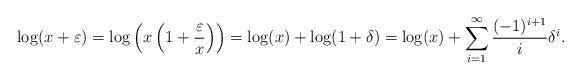
LaTeX: \begin{align*} \log(x+\varepsilon) = \log\left(x\left(1 + \frac{\varepsilon}{x}\right)\right) = \log(x) + \log(1+\delta) = \log(x) + \sum_{i=1}^{\infty}\frac{(-1)^{i+1}}{i}\delta^{i}. \end{align*}